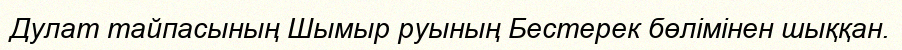
Дулат тайпасының Шымыр руының Бестерек бөлімінен шыққан.